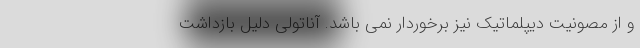
و از مصونیت دیپلماتیک نیز برخوردار نمی باشد. آناتولی دلیل بازداشت